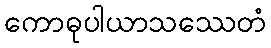
ကောဓုပါယာသဿေတံ